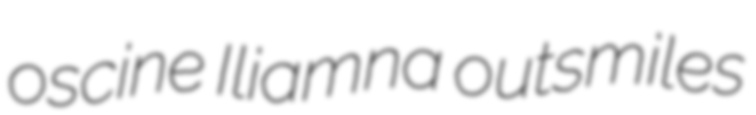
oscine Iliamna outsmiles